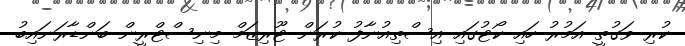
ކުރި ވަގުތީ އަމުރު ހައި ކޯޓުގައި އިސްތިއުނާފު ކުރަން ޓޫރިޒަމް މިނިސްޓްރީން ބަންޑާރަނައިބު